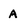
Character: A